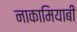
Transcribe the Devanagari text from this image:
नाकामियाबी